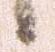
候